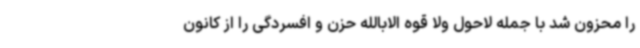
را محزون شد با جمله لاحول ولا قوه الابالله حزن و افسردگی را از کانون